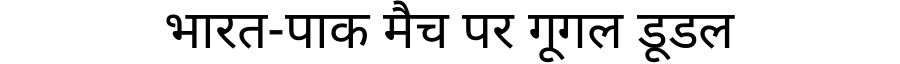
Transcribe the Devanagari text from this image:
भारत-पाक मैच पर गूगल डूडल